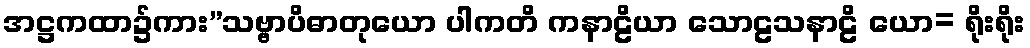
အဋ္ဌကထာ၌ကား”သဗ္ဗာပိဓာတုယော ပါကတိ ကနာဠိယာ သောဠသနာဠိ ယော= ရိုးရိုး